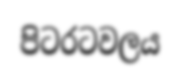
පිටරටවලය